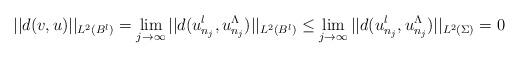
LaTeX: \begin{align*}||d(v,u)||_{L^2(B^l)}=\lim_{j \rightarrow \infty} ||d(u_{n_j}^l,u_{n_j}^{\Lambda})||_{L^2(B^l)} \leq \lim_{j \rightarrow \infty} ||d(u_{n_j}^l,u_{n_j}^{\Lambda})||_{L^2(\Sigma)} =0\end{align*}